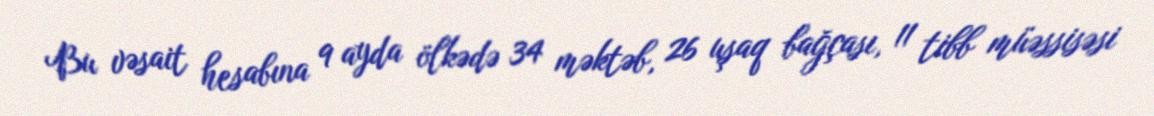
Bu vəsait hesabına 9 ayda ölkədə 34 məktəb, 26 uşaq bağçası, 11 tibb müəssisəsi